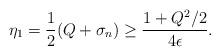
LaTeX: \begin{align*}\eta_1=\frac{1}{2}(Q+\sigma_n)\geq \frac{1+Q^2/2}{4\epsilon}.\end{align*}